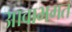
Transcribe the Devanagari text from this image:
आवाभगत